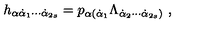
h _ { \alpha \dot { \alpha } _ { 1 } \cdots \dot { \alpha } _ { 2 s } } = p _ { \alpha ( \dot { \alpha } _ { 1 } } \Lambda _ { \dot { \alpha } _ { 2 } \cdots \dot { \alpha } _ { 2 s } ) } \ ,